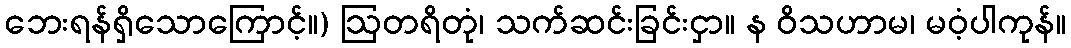
ဘေးရန်ရှိသောကြောင့်။) ဩတရိတုံ၊ သက်ဆင်းခြင်းငှာ။ န ဝိသဟာမ၊ မဝံ့ပါကုန်။